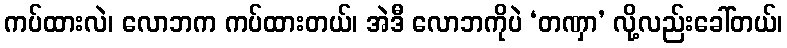
ကပ်ထားလဲ၊ လောဘက ကပ်ထားတယ်၊ အဲဒီ လောဘကိုပဲ ‘တဏှာ’ လို့လည်းခေါ်တယ်၊